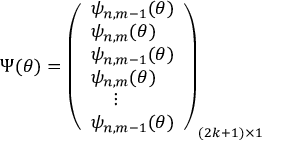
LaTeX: \Psi ( \theta ) = \left( \begin{array} { l r } { { \psi _ { n , m - 1 } ( \theta ) } } \\ { { \psi _ { n , m } ( \theta ) } } \\ { { \psi _ { n , m - 1 } ( \theta ) } } \\ { { \psi _ { n , m } ( \theta ) } } \\ { { \, \, \, \, \, \, \, \vdots } } \\ { { \psi _ { n , m - 1 } ( \theta ) } } \end{array} \right) _ { ( 2 k + 1 ) \times 1 }